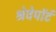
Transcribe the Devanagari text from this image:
श्रेवेपाॅर्ट